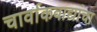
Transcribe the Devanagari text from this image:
चार्वाकवाद्यांचा